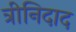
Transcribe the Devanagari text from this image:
त्रीनिदाद